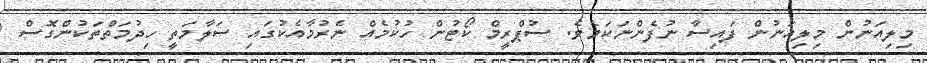
މިލިއަނުން މިލިއަނުން ފައިސާ ނުފެންނަކަމެވެ. ސުޕްރީމް ކޯޓުން ހުކުމެއް ނެރުމާއެކުގައި ސަލާމަތީ ހިދުމަތްތަކުންގޮސް